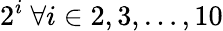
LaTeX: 2^{i}~\forall i\in 2,3,\dots,10